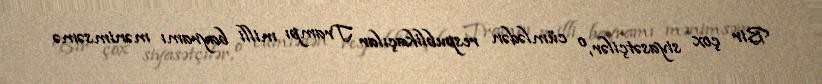
Bir çox siyasətçilər, o cümlədən respublikaçılar Trampı milli bayramı mənimsəmə